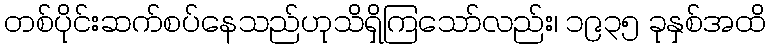
တစ်ပိုင်းဆက်စပ်နေသည်ဟုသိရှိကြသော်လည်း၊ ၁၉၃၅ ခုနှစ်အထိ